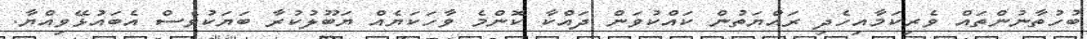
ބުހުތާނުންތައް ވެރިކަމާއިހެދި ރައްޔަތުން ކައްކުވަން ދައްކާ ކޮންމެ ވާހަކަޔެއް ޔަބޫލުކުރާ ބަޔަކުވެސް އެބައުޅޭވިއްޔާ.